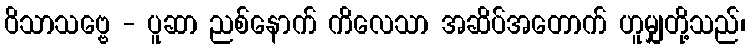
ဝိသာသဗ္ဗေ - ပူဆာ ညစ်နောက် ကိလေသာ အဆိပ်အတောက် ဟူမျှတို့သည်၊